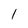
Character: l